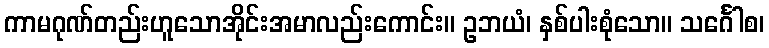
ကာမဂုဏ်တည်းဟူသောအိုင်းအမာလည်းကောင်း။ ဥဘယံ၊ နှစ်ပါးစုံသော။ သင်္ဂေါစ၊